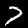
Digit: 7